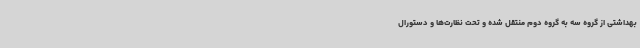
بهداشتی از گروه سه به گروه دوم منتقل شده و تحت نظارت‌ها و دستورال